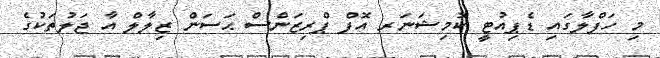
މި ހަފްލާގައި ޑެޕިއުޓީ ކޮމިޝަނަރ އޮފް ޕްރިޒަންސް ޙަސަން ޒިލާލް އާ ޖަލުތަކުގެ